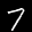
Label: 7